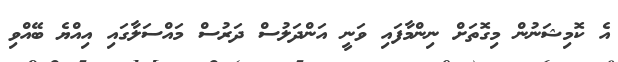
އެ ކޮމިޝަނުން މިގޮތަށް ނިންމާފައި ވަނީ އަންދަލުސް ދަރުސް މައްސަލާގައި އިއްޔެ ބޭއްވި